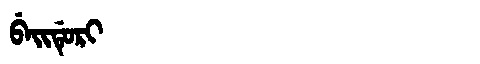
Manchu: ᠪᡝᡳᡩᡠᡵᡳ
Romanization: BEIDURI